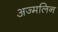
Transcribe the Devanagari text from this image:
अज्मलिन